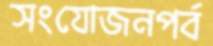
সংযোজনপর্ব